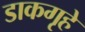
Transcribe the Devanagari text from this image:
डाकगृहे